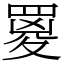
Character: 䍟